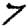
Digit: 7